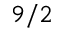
9 / 2